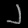
Digit: ၂